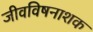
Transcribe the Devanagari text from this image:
जीवविषनाशक